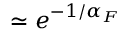
\simeq e ^ { - 1 / \alpha _ { F } }